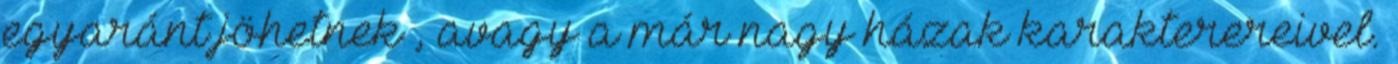
egyaránt jöhetnek , avagy a már nagy házak karakterereivel.